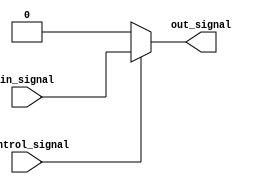
module voltage_level_shifter (
    input wire in_signal,
    output wire out_signal,
    input wire control_signal
);

//Logic gates for voltage level shifting
assign out_signal = (control_signal) ? in_signal : 1'b0;

endmodule